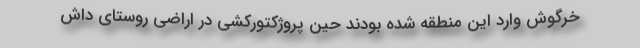
خرگوش وارد این منطقه شده بودند حین پروژکتورکشی در اراضی روستای داش